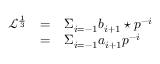
\begin{array} { l c l } { { { \mathcal L } ^ { \frac { 1 } { 3 } } } } & { { = } } & { { \Sigma _ { i = - 1 } b _ { i + 1 } \star p ^ { - i } } } \\ { { } } & { { = } } & { { { \Sigma } _ { i = - 1 } a _ { i + 1 } p ^ { - i } } } \end{array}